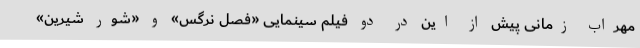
مهراب زمانی پیش از این در دو فیلم سینمایی «فصل نرگس» و «شور شیرین»